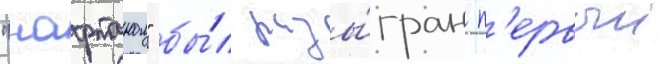
"нафтаном" бы́л разы́гран п'ервыи